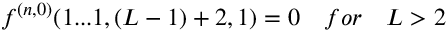
f ^ { ( n , 0 ) } ( 1 . . . 1 , ( L - 1 ) + 2 , 1 ) = 0 \quad f o r \quad L > 2